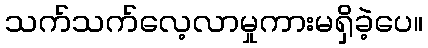
သက်သက်လေ့လာမှုကားမရှိခဲ့ပေ။